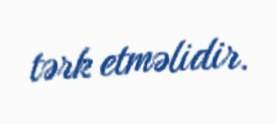
tərk etməlidir.